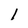
Character: 1